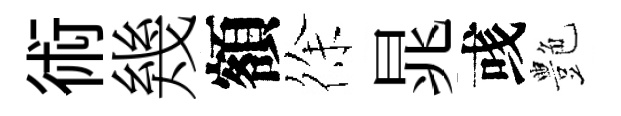
術幾額徐晁彧艶